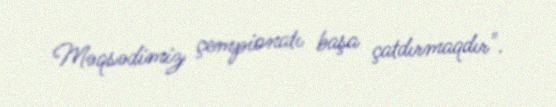
Məqsədimiz çempionatı başa çatdırmaqdır".